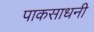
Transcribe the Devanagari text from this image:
पाकसाधनी